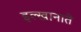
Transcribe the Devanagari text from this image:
इल्खानाते